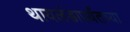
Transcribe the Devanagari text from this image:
थायलंडापर्यंतच्या